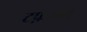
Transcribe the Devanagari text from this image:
टफ़मय